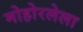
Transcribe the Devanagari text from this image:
मोहोरलेला